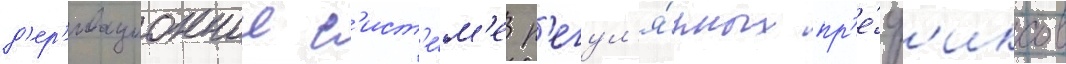
д'ер'ивационнои с'ист'е́м'е р'егул'я́рных пр'е́ф'иксов